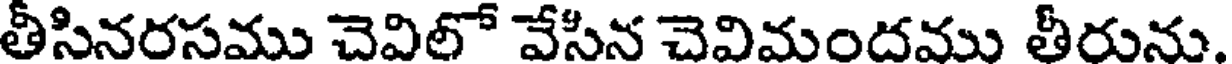
తీసినరసము చెవిలో వేసిన చెవిమందము తీరును.